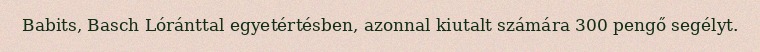
Babits, Basch Lóránttal egyetértésben, azonnal kiutalt számára 300 pengő segélyt.